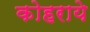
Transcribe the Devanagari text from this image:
कोहराये